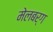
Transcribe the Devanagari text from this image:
मेलबर्ग